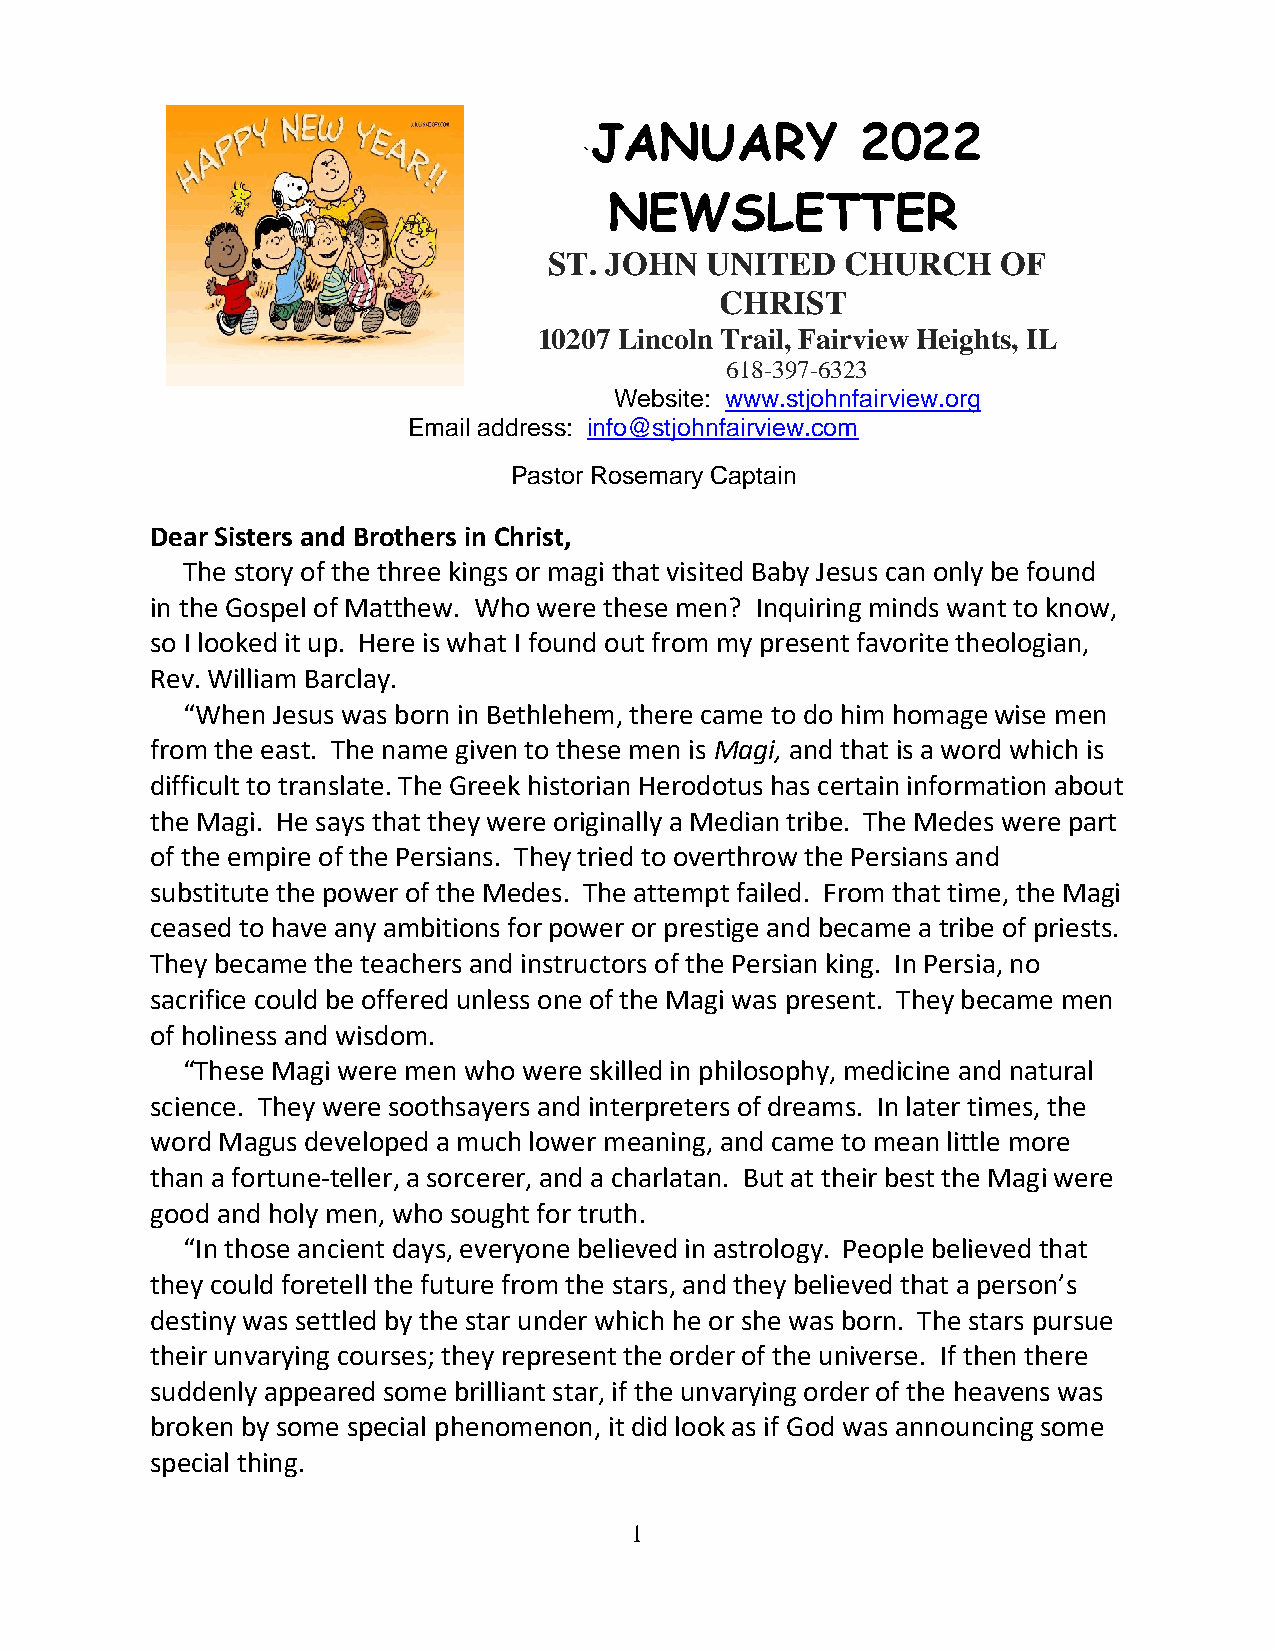
JANUARY           2022
 `
 NEWSLETTER
 ST. JOHN   UNITED   CHURCH    OF
 CHRIST
 10207 Lincoln Trail, Fairview Heights, IL
 618-397-6323
 Website: www.stjohnfairview.org
 Email address: info@stjohnfairview.com
 Pastor Rosemary Captain
 Dear Sisters and Brothers in Christ,
 The story of the three kings or magi that visited Baby Jesus can only be found
 in the Gospel of Matthew. Who were these men? Inquiring minds want to know,
 so I looked it up. Here is what I found out from my present favorite theologian,
 Rev. William Barclay.
 “When Jesus was born in Bethlehem, there came to do him homage wise men
 from the east. The name given to these men is Magi, and that is a word which is
 difficult to translate. The Greek historian Herodotus has certain information about
 the Magi. He says that they were originally a Median tribe. The Medes were part
 of the empire of the Persians. They tried to overthrow the Persians and
 substitute the power of the Medes. The attempt failed. From that time, the Magi
 ceased to have any ambitions for power or prestige and became a tribe of priests.
 They became the teachers and instructors of the Persian king. In Persia, no
 sacrifice could be offered unless one of the Magi was present. They became men
 of holiness and wisdom.
 “These Magi were men who were skilled in philosophy, medicine and natural
 science. They were soothsayers and interpreters of dreams. In later times, the
 word Magus developed a much lower meaning, and came to mean little more
 than a fortune-teller, a sorcerer, and a charlatan. But at their best the Magi were
 good and holy men, who sought for truth.
 “In those ancient days, everyone believed in astrology. People believed that
 they could foretell the future from the stars, and they believed that a person’s
 destiny was settled by the star under which he or she was born. The stars pursue
 their unvarying courses; they represent the order of the universe. If then there
 suddenly appeared some brilliant star, if the unvarying order of the heavens was
 broken by some special phenomenon, it did look as if God was announcing some
 special thing.
 1